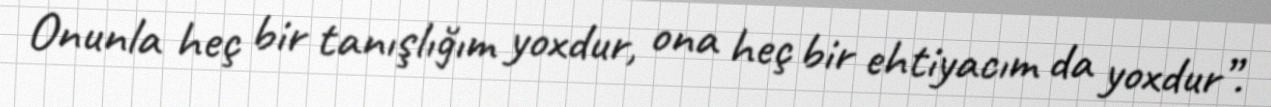
Onunla heç bir tanışlığım yoxdur, ona heç bir ehtiyacım da yoxdur”.